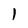
Character: l